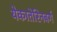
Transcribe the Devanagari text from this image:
येकातेरिनबर्ग